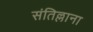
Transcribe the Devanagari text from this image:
संतिल्लाना